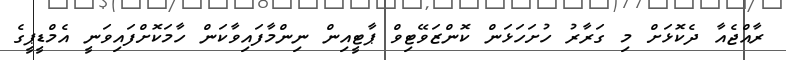
ރާއްޖެއާ ދެކޮޅަށް މި ގަރާރު ހުށަހަޅަން ކޮންޒަވޭޓިވް ޕާޓީއިން ނިންމާފައިވާކަން ހާމަކޮށްފައިވަނީ އެމްޑީޕީގެ